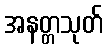
အနတ္တသုတ်